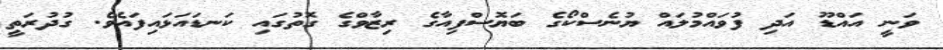
ވަނީ އައްޑޫ އަދި ފުވައްމުލައް ޔުނެސްކޯގެ ބަޔޮސްފިއާގެ ރިޒާވްގެ ގޮތުގައި ކަނޑައަޅައިފައެވެ. ގުދުރަތީ